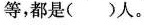
等，都是( )人。